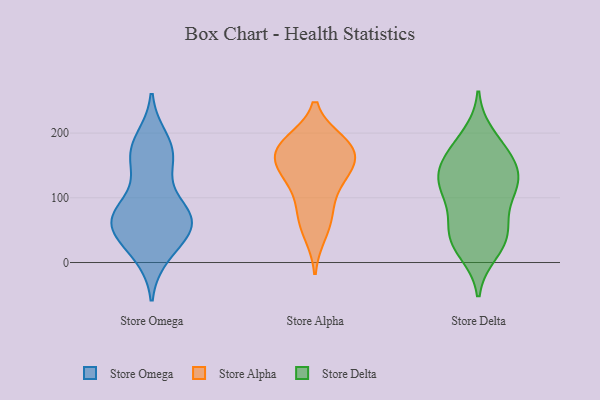
{"axis": {"x": "Revenue (USD Million)", "y": "Value"}, "legend": ["Store Alpha", "Store Delta", "Store Omega"], "data": [{"x": "", "y": 61, "type": "Store Omega"}, {"x": "", "y": 190, "type": "Store Omega"}, {"x": "", "y": 63, "type": "Store Omega"}, {"x": "", "y": 67, "type": "Store Omega"}, {"x": "", "y": 150, "type": "Store Omega"}, {"x": "", "y": 12, "type": "Store Omega"}, {"x": "", "y": 69, "type": "Store Omega"}, {"x": "", "y": 43, "type": "Store Omega"}, {"x": "", "y": 163, "type": "Store Omega"}, {"x": "", "y": 97, "type": "Store Omega"}, {"x": "", "y": 78, "type": "Store Omega"}, {"x": "", "y": 61, "type": "Store Omega"}, {"x": "", "y": 166, "type": "Store Omega"}, {"x": "", "y": 18, "type": "Store Omega"}, {"x": "", "y": 59, "type": "Store Omega"}, {"x": "", "y": 178, "type": "Store Omega"}, {"x": "", "y": 171, "type": "Store Alpha"}, {"x": "", "y": 137, "type": "Store Alpha"}, {"x": "", "y": 82, "type": "Store Alpha"}, {"x": "", "y": 153, "type": "Store Alpha"}, {"x": "", "y": 44, "type": "Store Alpha"}, {"x": "", "y": 171, "type": "Store Alpha"}, {"x": "", "y": 180, "type": "Store Alpha"}, {"x": "", "y": 123, "type": "Store Alpha"}, {"x": "", "y": 138, "type": "Store Alpha"}, {"x": "", "y": 186, "type": "Store Alpha"}, {"x": "", "y": 183, "type": "Store Alpha"}, {"x": "", "y": 71, "type": "Store Alpha"}, {"x": "", "y": 131, "type": "Store Delta"}, {"x": "", "y": 48, "type": "Store Delta"}, {"x": "", "y": 128, "type": "Store Delta"}, {"x": "", "y": 24, "type": "Store Delta"}, {"x": "", "y": 50, "type": "Store Delta"}, {"x": "", "y": 157, "type": "Store Delta"}, {"x": "", "y": 107, "type": "Store Delta"}, {"x": "", "y": 115, "type": "Store Delta"}, {"x": "", "y": 16, "type": "Store Delta"}, {"x": "", "y": 152, "type": "Store Delta"}, {"x": "", "y": 179, "type": "Store Delta"}, {"x": "", "y": 165, "type": "Store Delta"}, {"x": "", "y": 38, "type": "Store Delta"}, {"x": "", "y": 105, "type": "Store Delta"}, {"x": "", "y": 58, "type": "Store Delta"}, {"x": "", "y": 196, "type": "Store Delta"}, {"x": "", "y": 123, "type": "Store Delta"}]}